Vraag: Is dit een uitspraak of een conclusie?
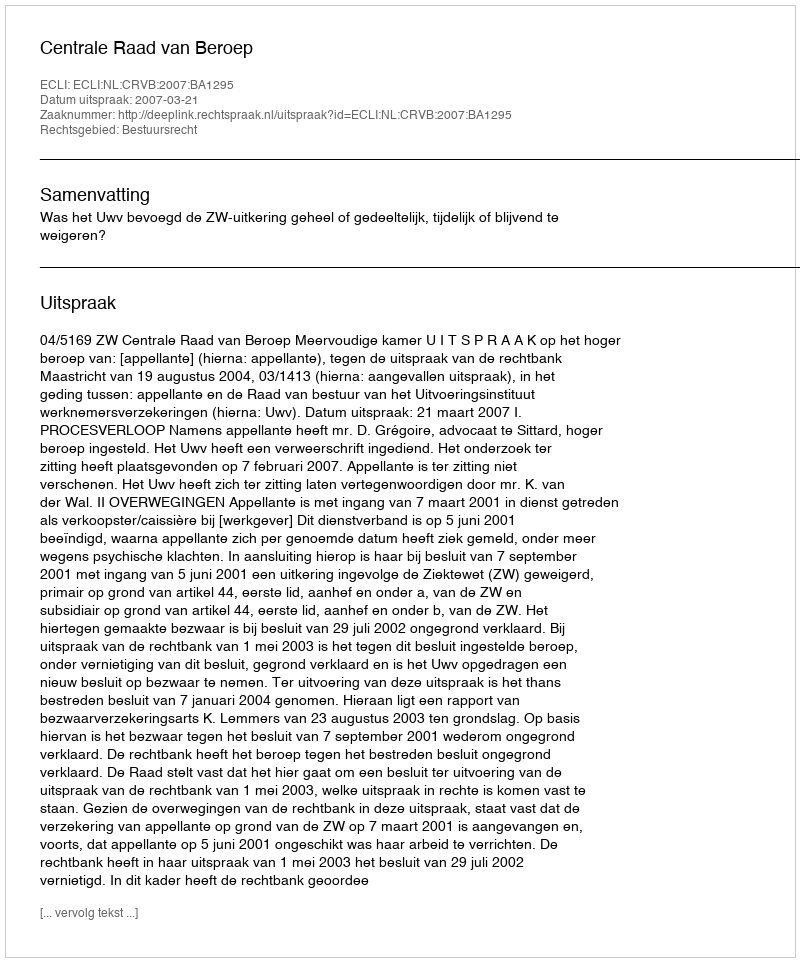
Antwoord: Uitspraak